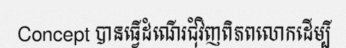
Concept បានធ្វើដំណើរជុំវិញពិភពលោកដើម្បី